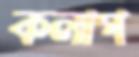
কলাপ